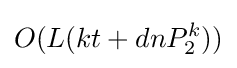
O(L(kt+dnP_{2}^{k}))